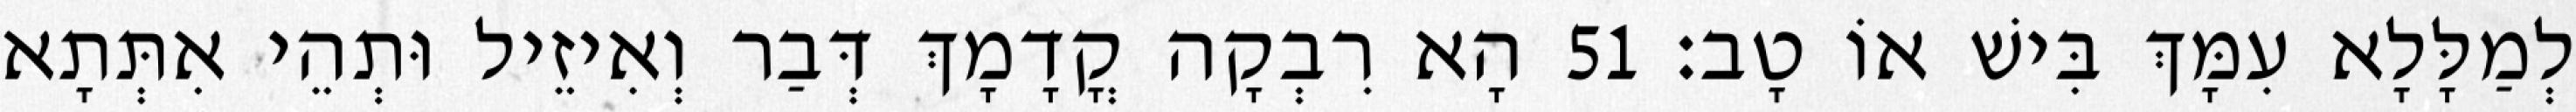
לְמַלָּלָא עִמָּךְ בִּישׁ אוֹ טָב׃ 51 הָא רִבְקָה קֳדָמָךְ דְּבַר וְאִיזֵיל וּתְהֵי אִתְּתָא